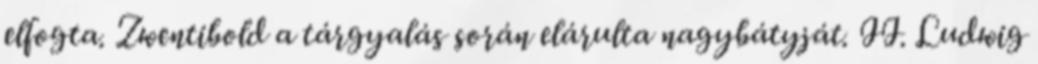
elfogta. Zwentibold a tárgyalás során elárulta nagybátyját. II. Ludwig